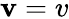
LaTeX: \mathbf{v}=v